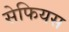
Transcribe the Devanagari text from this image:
सेफियस